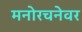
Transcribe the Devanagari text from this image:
मनोरचनेवर